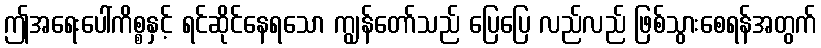
ဤအရေးပေါ်ကိစ္စနှင့် ရင်ဆိုင်နေရသော ကျွန်တော်သည် ပြေပြေ လည်လည် ဖြစ်သွားစေရန်အတွက်